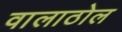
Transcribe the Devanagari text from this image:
वालाठोल